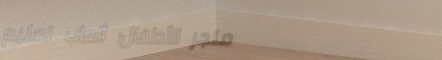
متجر الأطفال: ألعاب تعليم